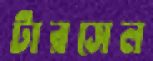
টারসেল